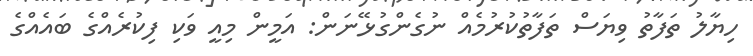
ހިޔާލު ތަފާތު ވިޔަސް ތަފާތުކުރުމެއް ނުގެންގުޅޭނަން: އަމީން މިއީ ވަކި ފިކުރެއްގެ ބައެއްގެ